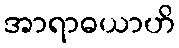
အာရာဓယာဟိ